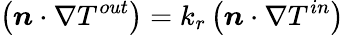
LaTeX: \left(\boldsymbol{n}\cdot\nabla T^{out}\right)=k_{r}\left(\boldsymbol{n}\cdot\nabla T^{in}\right)